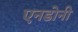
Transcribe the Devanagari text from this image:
एनडोनी